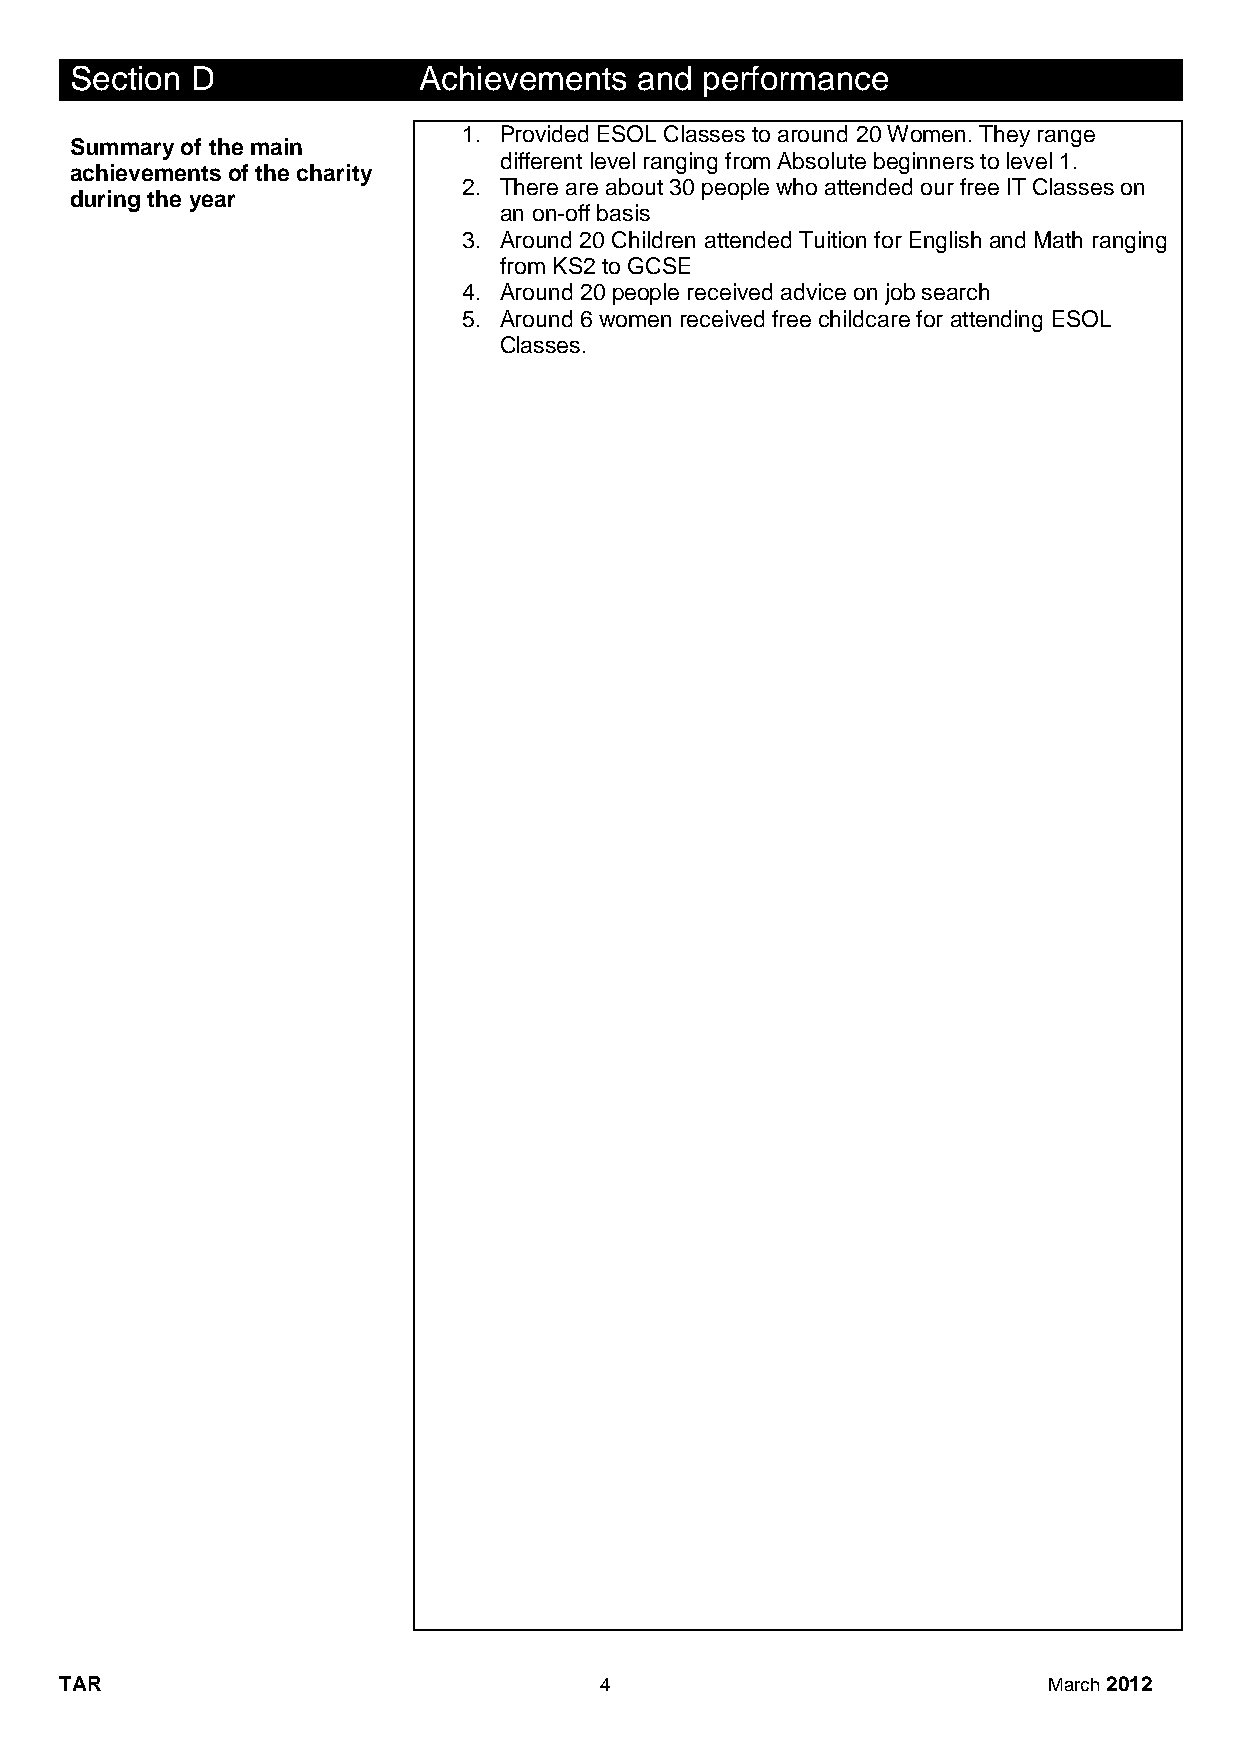
Section D              Achievements  and performance
 1. Provided ESOL Classes to around 20 Women. They range
 Summary of the main
 different level ranging from Absolute beginners to level 1.
 achievements of the charity
 2. There are about 30 people who attended our free IT Classes on
 during the year
 an on-off basis
 3. Around 20 Children attended Tuition for English and Math ranging
 from KS2 to GCSE
 4. Around 20 people received advice on job search
 5. Around 6 women received free childcare for attending ESOL
 Classes.
 TAR                                 4                            March 2012